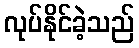
လုပ်နိုင်ခဲ့သည်